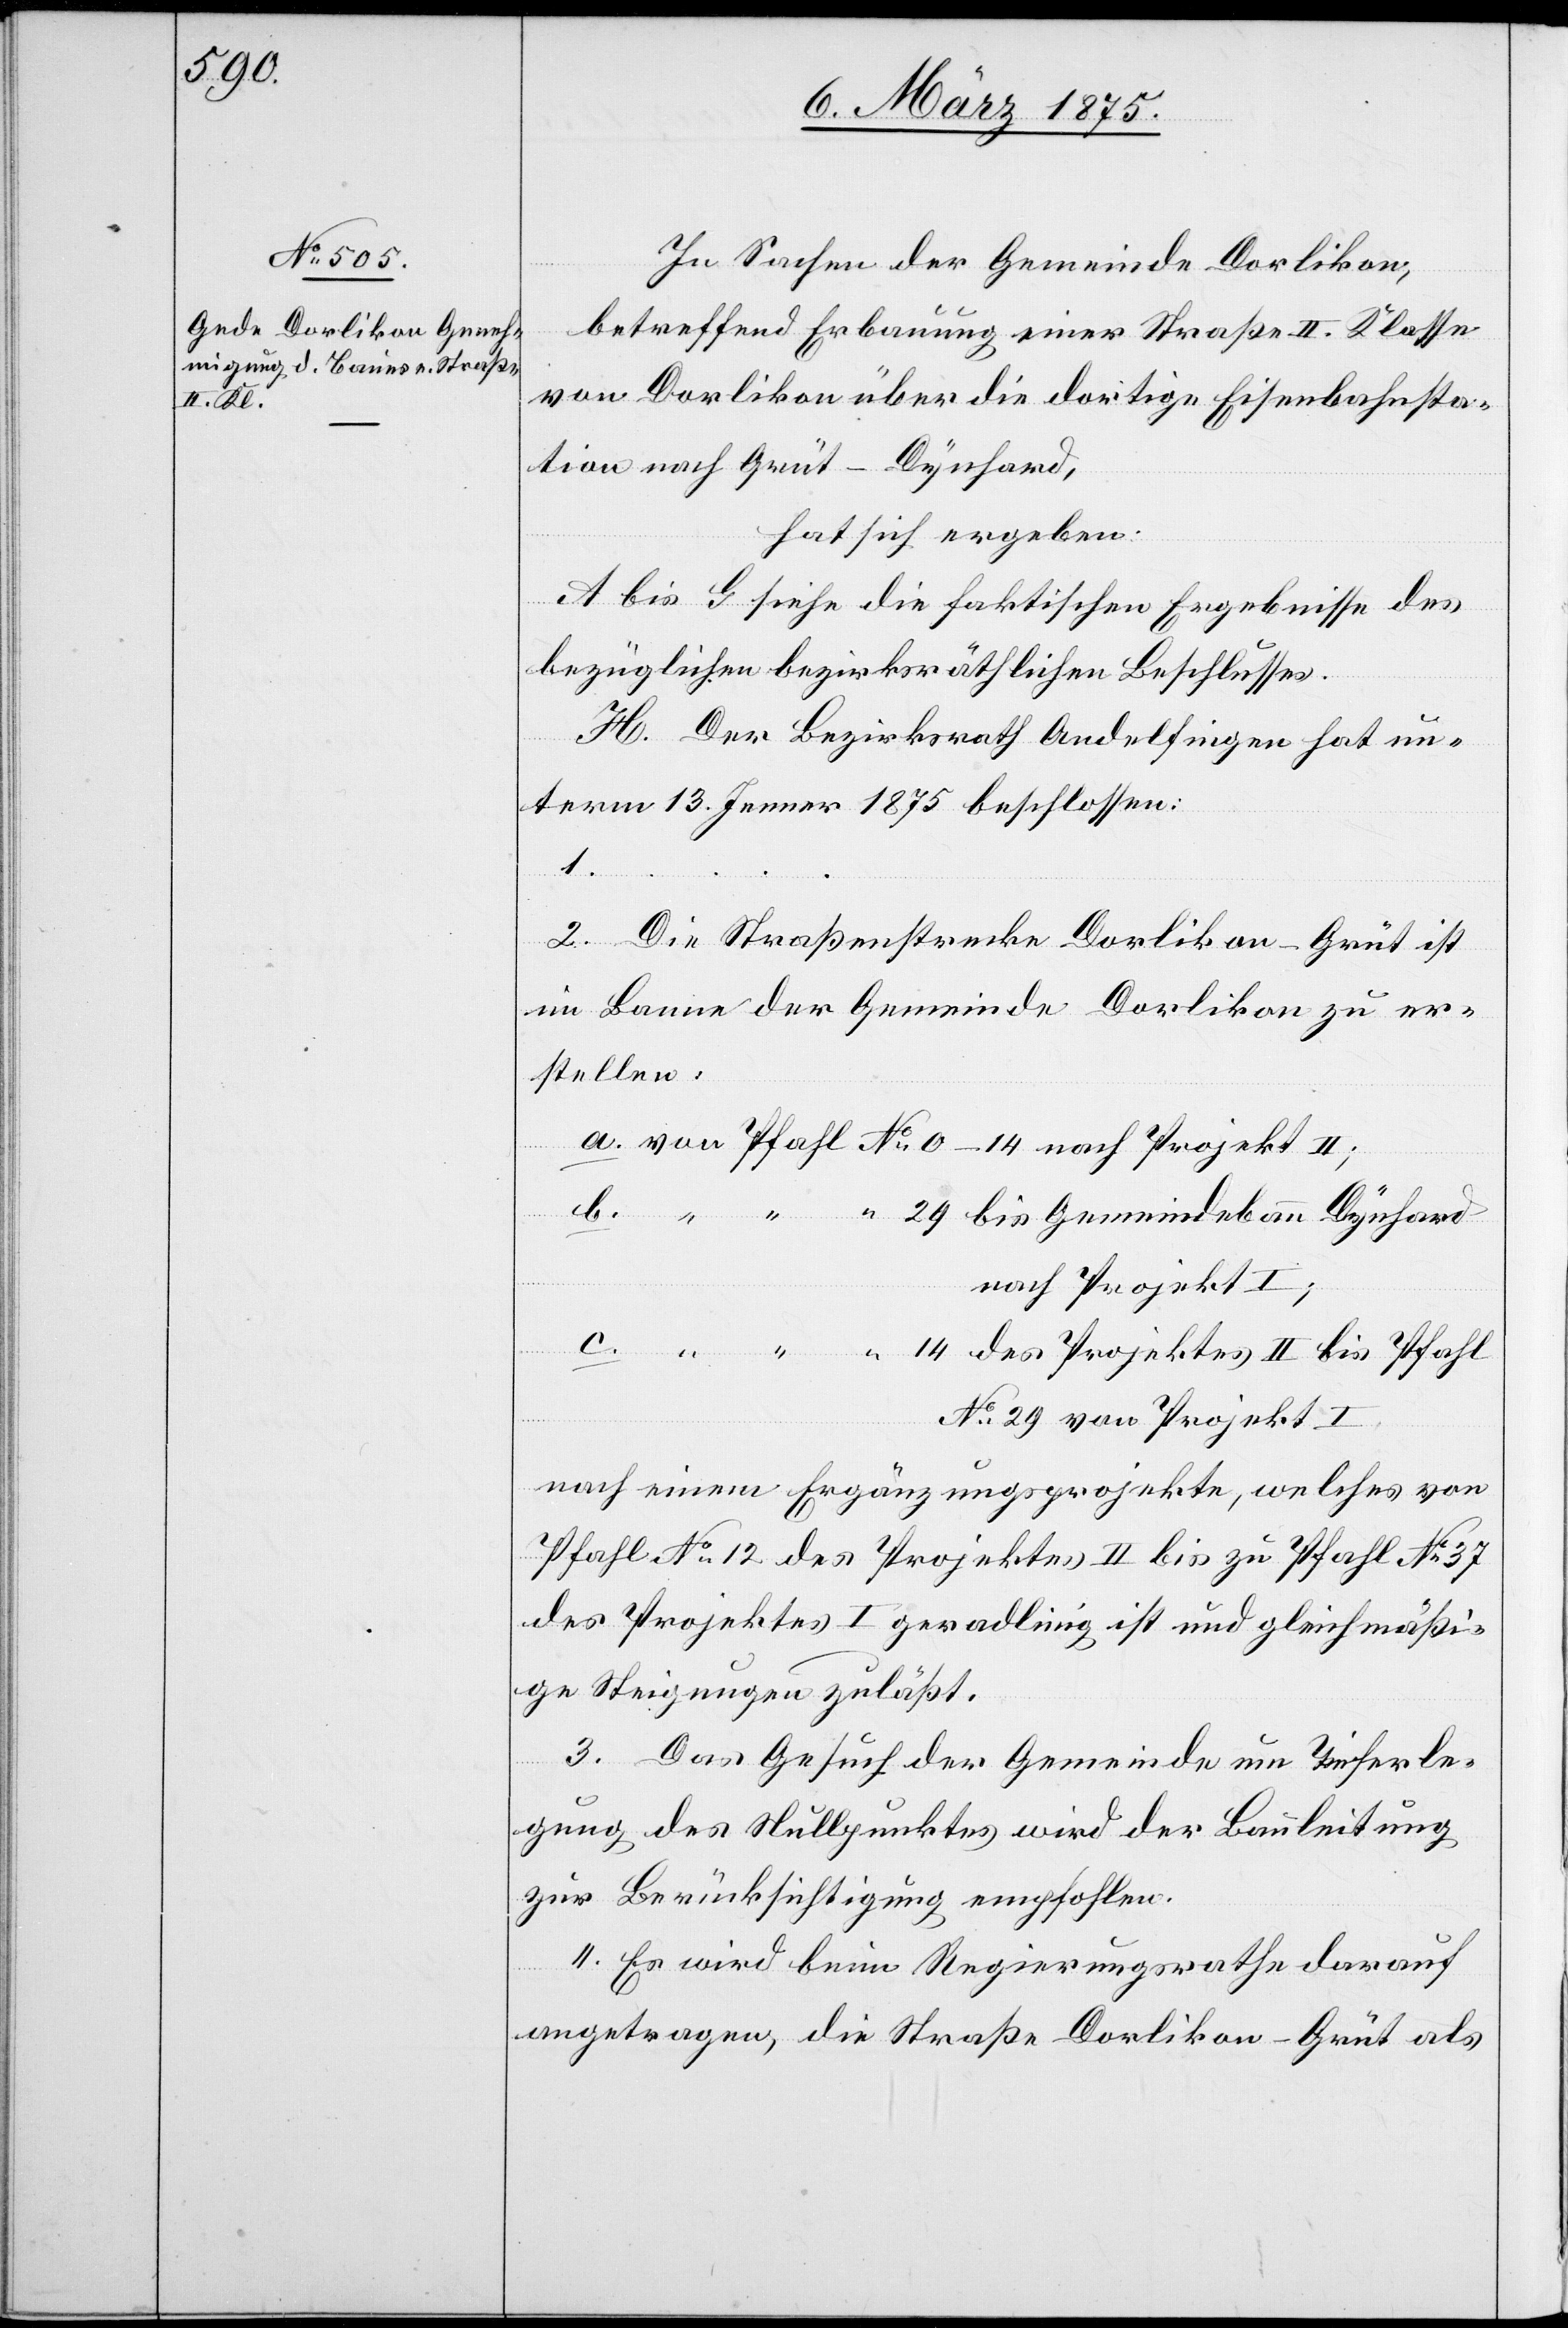
von

betreffend Erbauung einer Straße II. Klasse
von Dorlikon über die dortige Eisenbahnsta¬
tion nach Grüt - Dynhard,
hat sich ergeben:
A bis G siehe die faktischen Ergebnisse des
bezüglichen bezirksräthlichen Beschlusses.
H. Der Bezirksrath Andelfingen hat un¬
term 13. Jenner 1875 beschlossen:
1.
2. Die Straßenstrecke Dorlikon–Grüt ist
im Banne der Gemeinde Dorlikon zu er¬
stellen:
nach Projekt I;
Nr. 24 von Projekt I.
nach einem Ergänzungsprojekte, welches von
Pfahl Nr. 12 des Projektes II bis zu Pfahl Nr. 37
des Projektes I geradlinig ist und gleichmäßi¬
ge Steigungen zuläßt.
c.
3. Das Gesuch der Gemeinde um Tieferle¬
gung des Nullpunktes wird der Bauleitung
zur Berücksichtigung empfohlen.
4. Es wird beim Regierungsrathe darauf
angetragen, die Straße Dorlikon–Grüt als